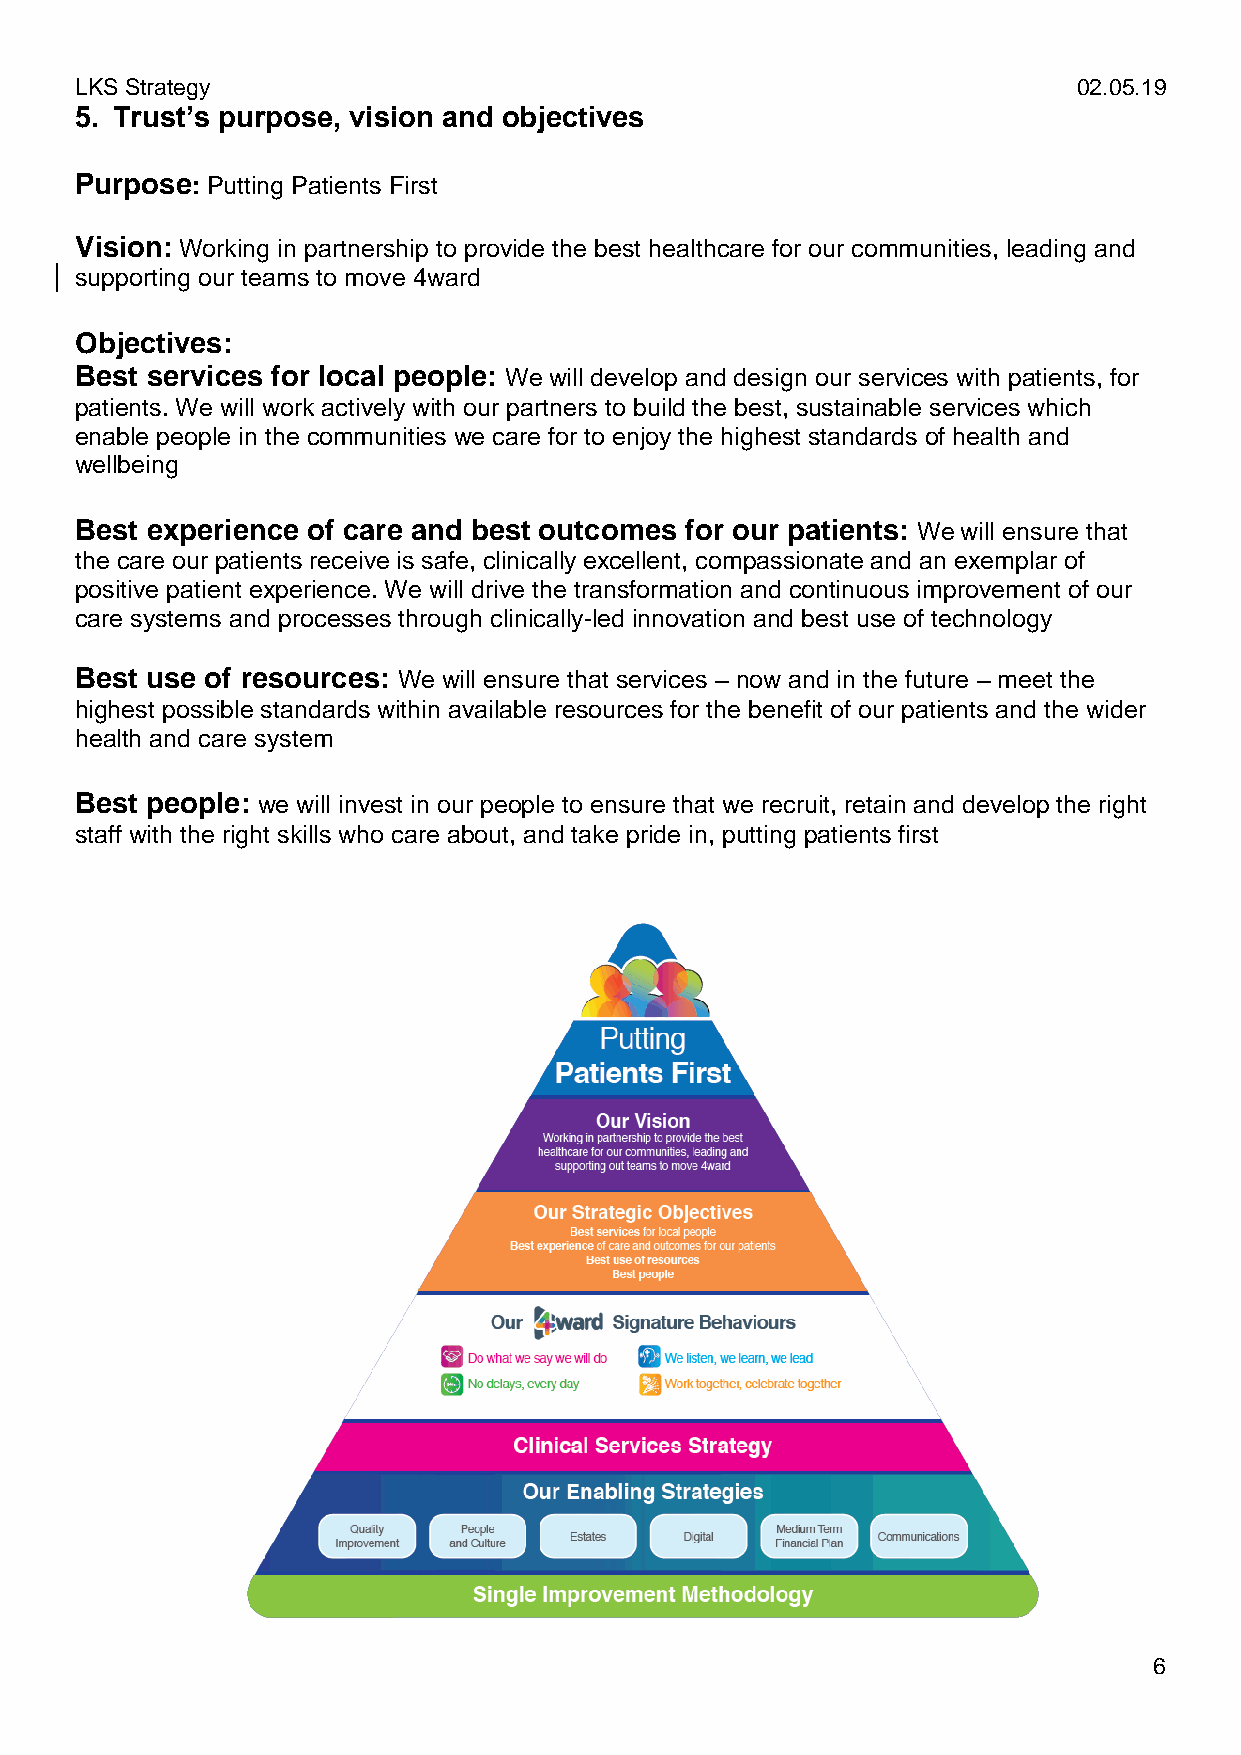
LKS Strategy                                                      02.05.19
 5. Trust’s purpose, vision and objectives
 Purpose: Putting Patients First
 Vision: Working in partnership to provide the best healthcare for our communities, leading and
 supporting our teams to move 4ward
 Objectives:
 Best services for local people: We will develop and design our services with patients, for
 patients. We will work actively with our partners to build the best, sustainable services which
 enable people in the communities we care for to enjoy the highest standards of health and
 wellbeing
 Best experience of care and best outcomes for our patients: We will ensure that
 the care our patients receive is safe, clinically excellent, compassionate and an exemplar of
 positive patient experience. We will drive the transformation and continuous improvement of our
 care systems and processes through clinically-led innovation and best use of technology
 Best use of resources: We will ensure that services – now and in the future – meet the
 highest possible standards within available resources for the benefit of our patients and the wider
 health and care system
 Best people: we will invest in our people to ensure that we recruit, retain and develop the right
 staff with the right skills who care about, and take pride in, putting patients first
 6